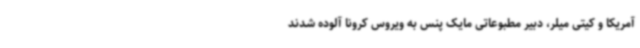
آمریکا و کیتی میلر، دبیر مطبوعاتی مایک پنس به ویروس کرونا آلوده شدند